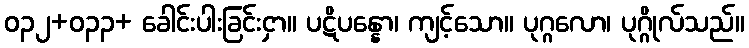
ဝ၃၂+၀၃၃+ ခေါင်းပါးခြင်းငှာ။ ပဋိပန္နော၊ ကျင့်သော။ ပုဂ္ဂလော၊ ပုဂ္ဂိုလ်သည်။